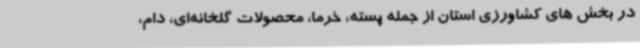
در بخش های کشاورزی استان از جمله پسته، خرما، محصولات گلخانه‌ای، دام،